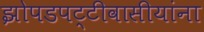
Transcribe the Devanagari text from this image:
झोपडपट्टीवासीयांना